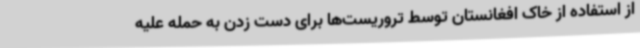
از استفاده از خاک افغانستان توسط تروریست‌ها برای دست زدن به حمله علیه